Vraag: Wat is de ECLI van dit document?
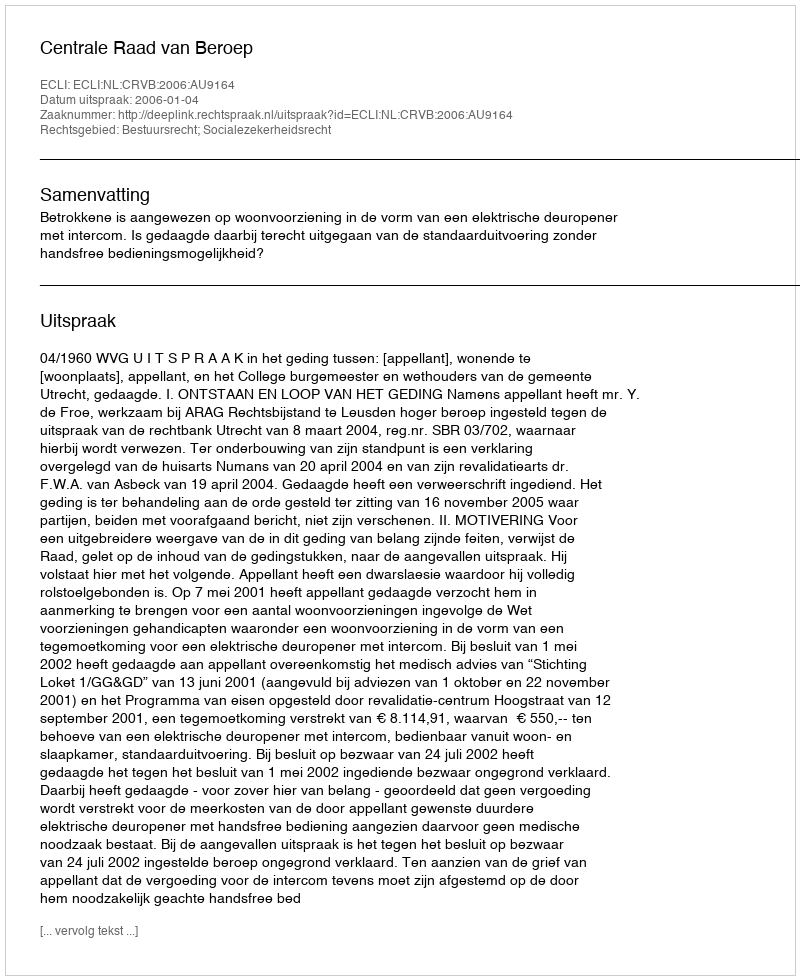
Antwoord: ECLI:NL:CRVB:2006:AU9164